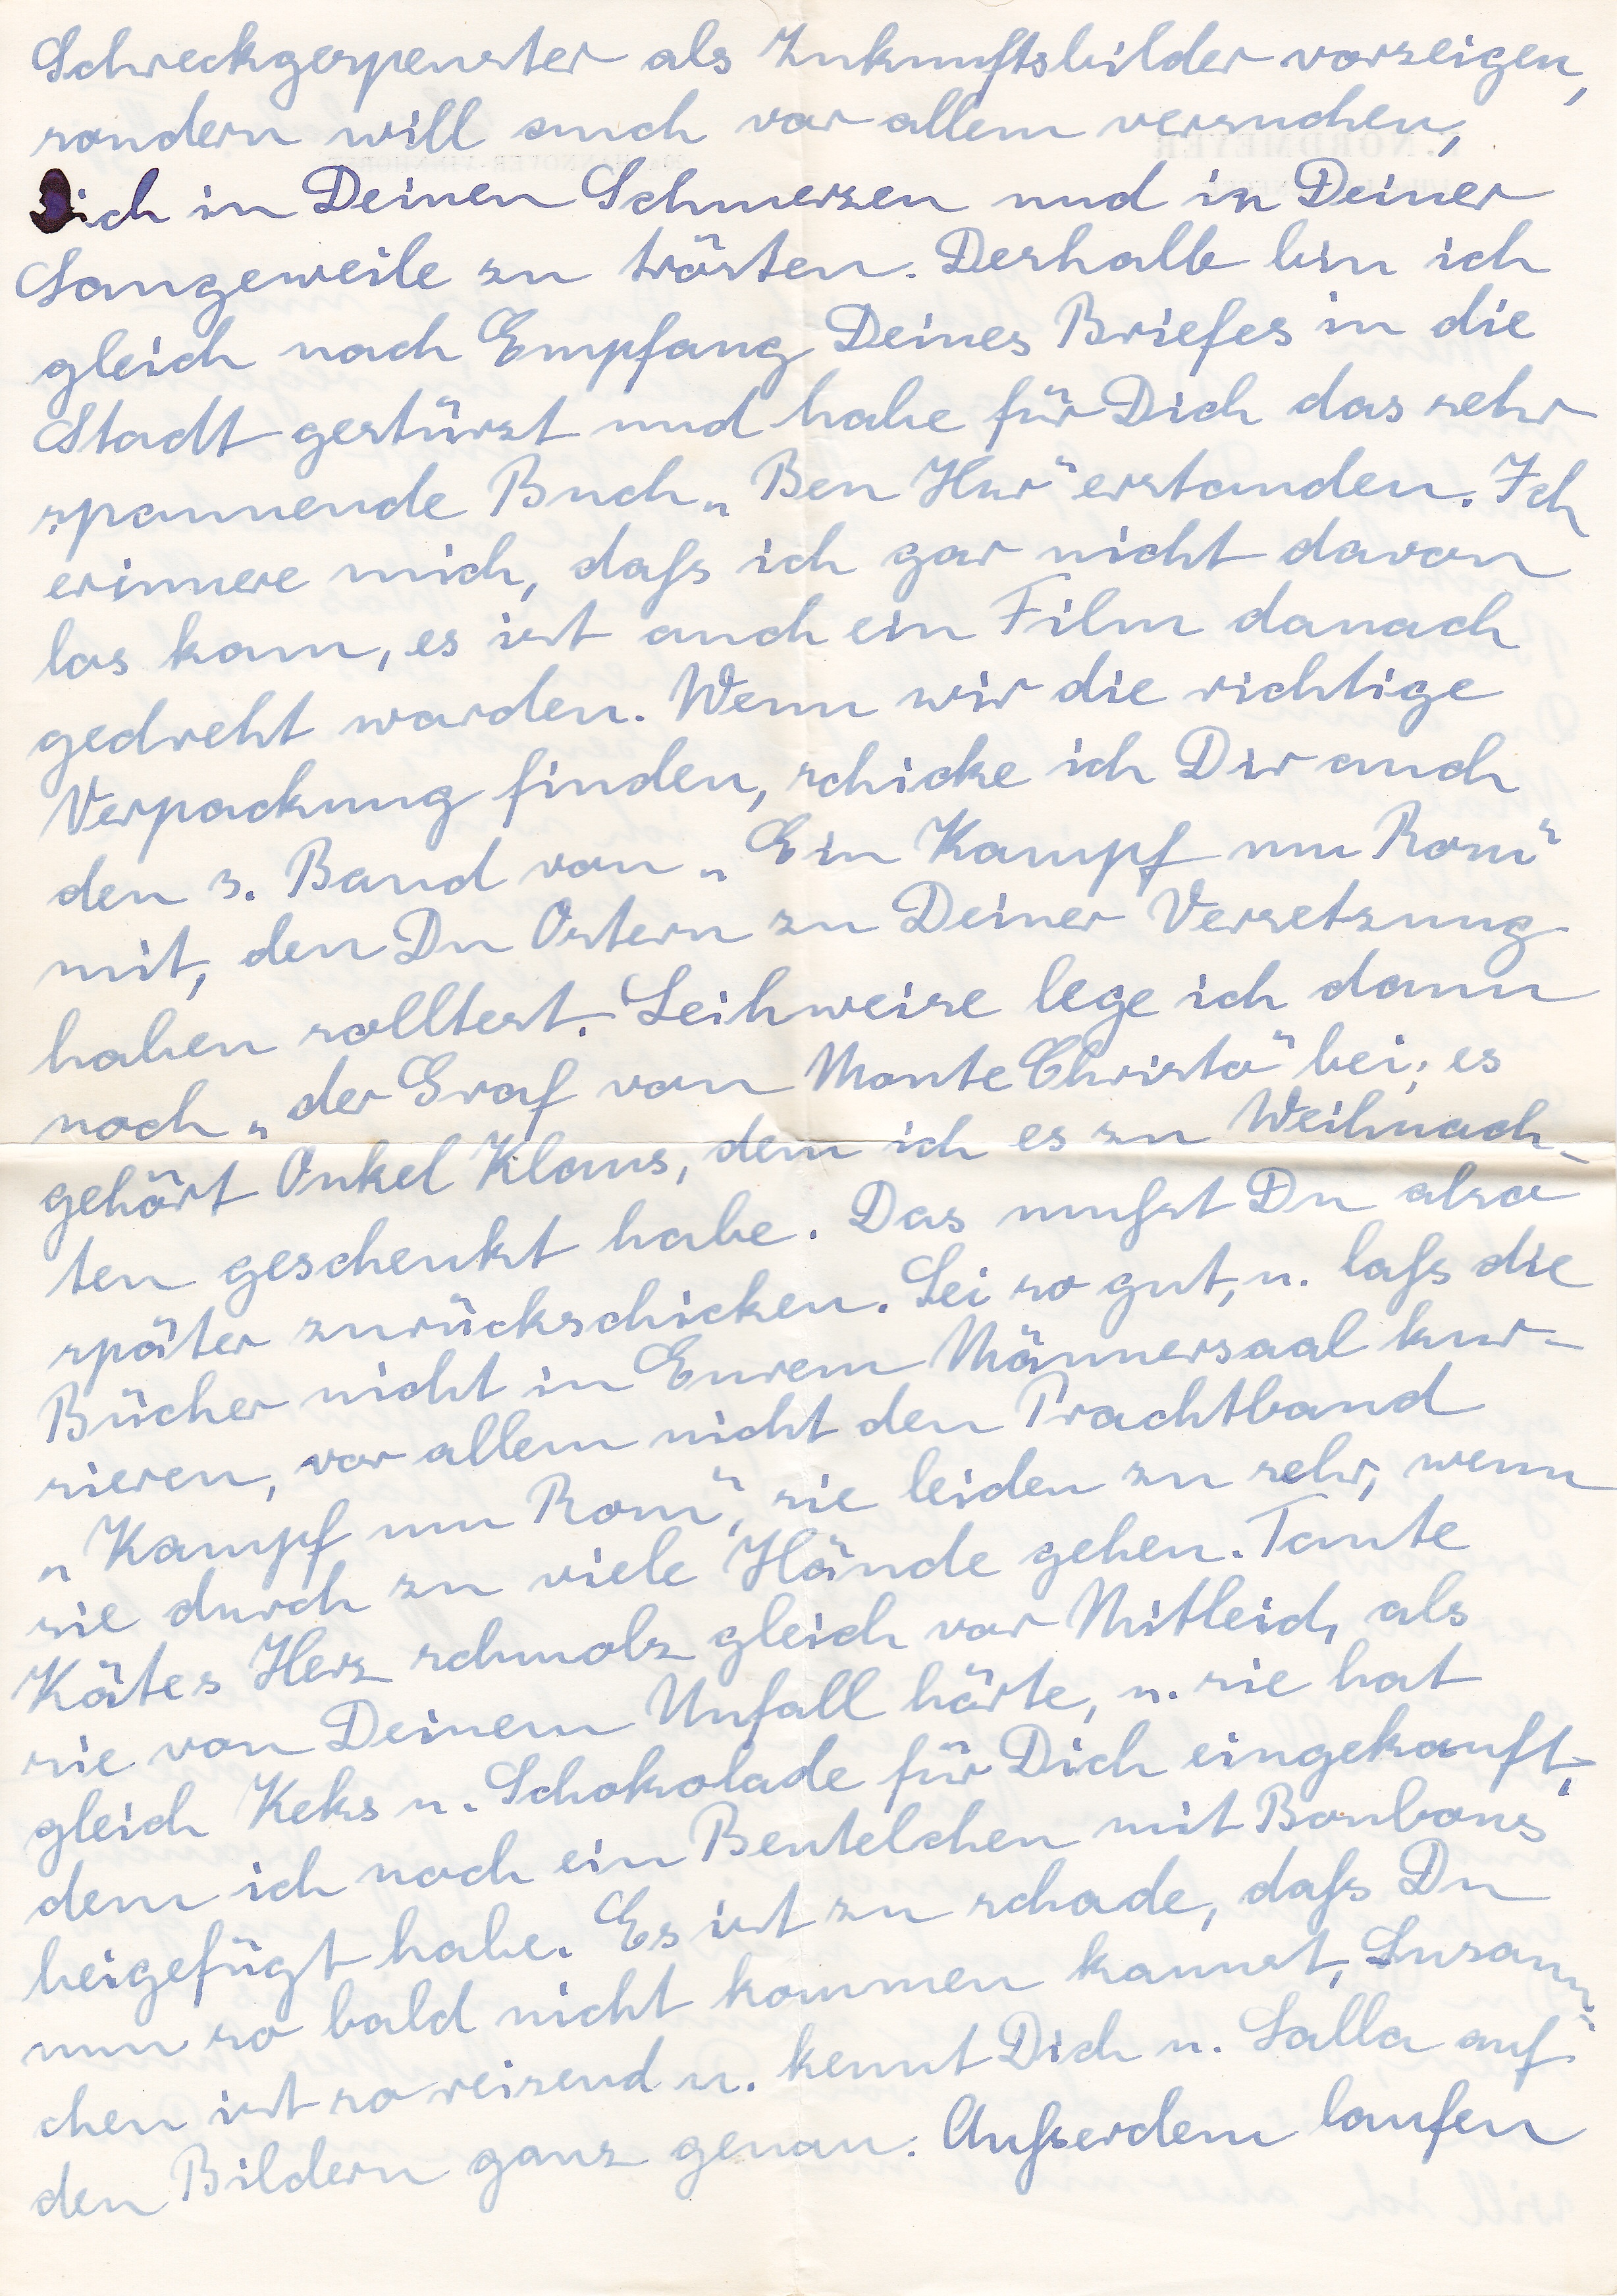
Schreckgespenster als Zukunftsbilder vorzeigen
sondern will auch vor allem versuchen,
Dich in Deinen Schmerzen und in Deiner
Langeweile zu trösten. Deshalb bin ich
gleich nach Empfang Deines Briefes in die
Stadt gestürmt und habe für Dich das sehr
spannende Buch Ben Hur erstanden. Ich
erinner mich, daß ich gar nicht davon
los kann, es ist auch ein Film danach
gedreht worden. Wenn wir die richtige
Verpackung finden, schicke ich Dir auch
den 3. Band von Ein Kampf um Rom
mit, den Du Ostern zu Deiner Versetzung
haben solltest. Leihweise lege ich dann
noch der Graf von Monte Christo bei, es
gehört Onkel Klaus, dem ich es zu Weihnach
ten geschenkt habe. Das mußt Du also
später zurückschicken. Sei so gut, u. laß die
Bücher nicht in Eurem Männersaal kur
sieren, vor allem nicht den Prachtband
Kampf um Rom, sie leiden zu sehr, wenn
sie durch zu viele Hände gehen. Tante
Kätes Herz schmolz gleich vor Mitleid, als
sie von Deinem Unfall hörte, u. sie hat
gleich Keks u. Schokolade für Dich eingekauft,
dem ich nich ein Beutelchen mit Bonbons
beigefügt habe. Es ist zu schade, daß Du
nun so bald nicht kommen kannst, Susann
chenist so reizend u. kennt Dich u. Lalla auf
den Bildern ganz genau. Außerdem laufen